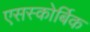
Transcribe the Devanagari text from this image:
एसस्कोर्बिक